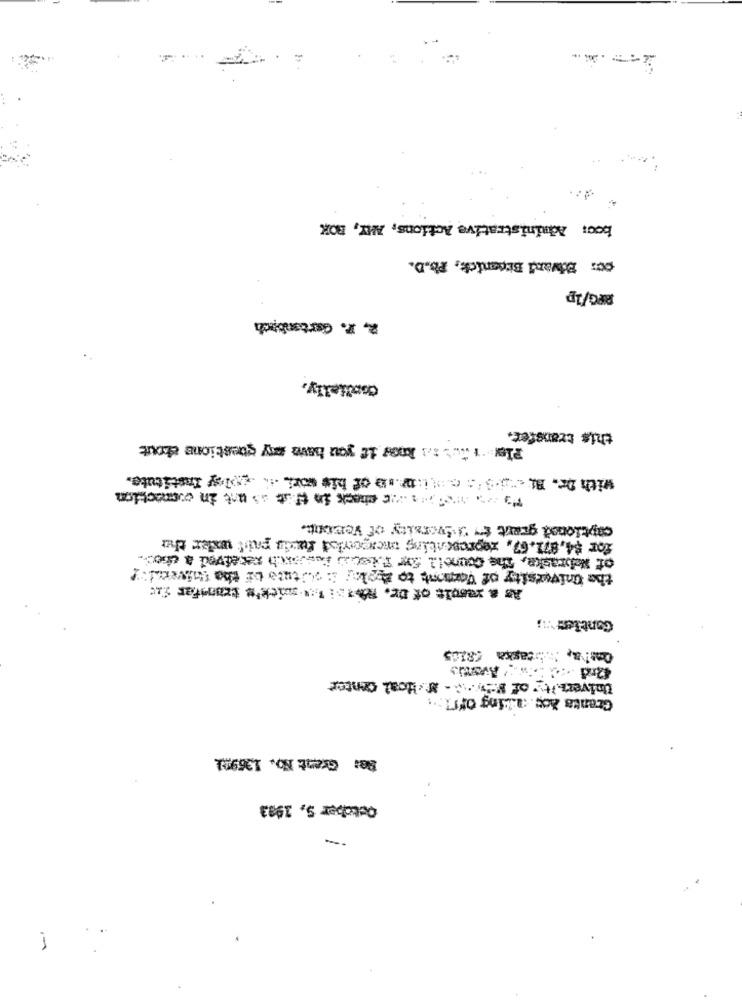
boc: Administrative Actions, AY, BOX
cc: Bİvari Bijanick, Ph.D.
RPG/1p
2. 7. Gartenbych
kelly,
this transfer.
Play + Huis know if you have my questions chout
with Dr. B. J.S': city.ID of his work ... „ploy Institute.
captioned grant $ 3diversity of Veront.
for $4,871.67, representing meagerlsd fordu paiff under tha
of Nebraska, The Connell for Fiets Ansvarch received a choc.
As a result of Dr. Messi 1: sick's transfer fit
Gontier ;
Qosla, Muitaska 58105
University of Bio- M Hoal Center
Be: Grant No. 136922
-
October 5, 1903
1